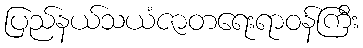
ပြည်နယ်သယံဇာတရေးရာဝန်ကြီး